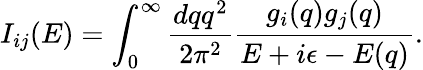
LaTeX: I_{ij}(E)=\int_{0}^{\infty}\frac{dqq^{2}}{2\pi^{2}}\frac{g_{i}(q)g_{j}(q)}{E+i\epsilon-E(q)}.